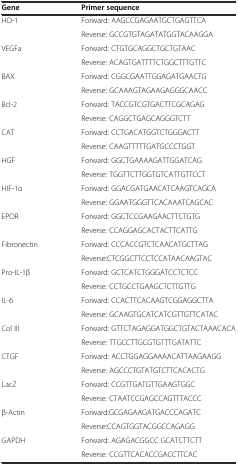
<table><thead><tr><td><b>Gene</b></td><td><b>Primer sequence</b></td></tr></thead><tbody><tr><td rowspan="2">HO-1</td><td>Forward: AAGCCGAGAATGCTGAGTTCA</td></tr><tr><td>Reverse: GCCGTGTAGATATGGTACAAGGA</td></tr><tr><td rowspan="2">VEGFa</td><td>Forward: CTGTGCAGGCTGCTGTAAC</td></tr><tr><td>Reverse: ACAGTGATTTTCTGGCTTTGTTC</td></tr><tr><td rowspan="2">BAX</td><td>Forward: CGGCGAATTGGAGATGAACTG</td></tr><tr><td>Reverse: GCAAAGTAGAAGAGGGCAACC</td></tr><tr><td rowspan="2">Bcl-2</td><td>Forward: TACCGTCGTGACTTCGCAGAG</td></tr><tr><td>Reverse: CAGGCTGAGCAGGGTCTT</td></tr><tr><td rowspan="2">CAT</td><td>Forward: CCTGACATGGTCTGGGACTT</td></tr><tr><td>Reverse: CAAGTTTTTGATGCCCTGGT</td></tr><tr><td rowspan="2">HGF</td><td>Forward: GGCTGAAAAGATTGGATCAG</td></tr><tr><td>Reverse: TGGTTCTTGGTGTCATTGTTCCT</td></tr><tr><td rowspan="2">HIF-1α</td><td>Forward: GGACGATGAACATCAAGTCAGCA</td></tr><tr><td>Reverse: GGAATGGGTTCACAAATCAGCAC</td></tr><tr><td rowspan="2">EPOR</td><td>Forward: GGCTCCGAAGAACTTCTGTG</td></tr><tr><td>Reverse: CCAGGAGCACTACTTCATTG</td></tr><tr><td rowspan="2">Fibronectin</td><td>Forward: CCCACCGTCTCAACATGCTTAG</td></tr><tr><td>Reverse:CTCGGCTTCCTCCATAACAAGTAC</td></tr><tr><td rowspan="2">Pro-IL-1β</td><td>Forward: GCTCATCTGGGATCCTCTCC</td></tr><tr><td>Reverse: CCTGCCTGAAGCTCTTGTTG</td></tr><tr><td rowspan="2">IL-6</td><td>Forward: CCACTTCACAAGTCGGAGGCTTA</td></tr><tr><td>Reverse: GCAAGTGCATCATCGTTGTTCATAC</td></tr><tr><td rowspan="2">Col III</td><td>Forward: GTTCTAGAGGATGGCTGTACTAAACACA</td></tr><tr><td>Reverse: TTGCCTTGCGTGTTTGATATTC</td></tr><tr><td rowspan="2">CTGF</td><td>Forward: ACCTGGAGGAAAACATTAAGAAGG</td></tr><tr><td>Reverse: AGCCCTGTATGTCTTCACACTG</td></tr><tr><td rowspan="2">LacZ</td><td>Forward: CCGTTGATGTTGAAGTGGC</td></tr><tr><td>Reverse: CTAATCCGAGCCAGTTTACCC</td></tr><tr><td rowspan="2">β-Actin</td><td>Forward:GCGAGAAGATGACCCAGATC</td></tr><tr><td>Reverse:CCAGTGGTACGGCCAGAGG</td></tr><tr><td rowspan="2">GAPDH</td><td>Forward: AGAGACGGCC GCATCTTCTT</td></tr><tr><td>Reverse: CCGTTCACACCGACCTTCAC</td></tr></tbody></table>